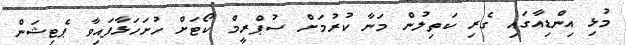
މުޅި އިންޑިއާގައި ގެރި ކަތިލުން މަނާ ކުރުމަށް ސުޕްރީމް ކޯޓަށް ހުށަހަޅާފައިވާ ޕެޓިޝަން